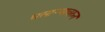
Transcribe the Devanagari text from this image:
घसाऱ्यावरुन